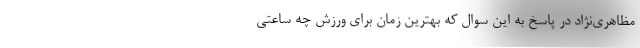
مظاهری‌نژاد در پاسخ به این سوال که بهترین زمان برای ورزش چه ساعتی